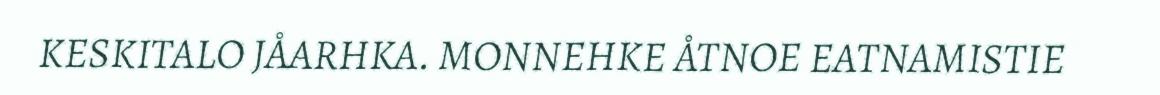
KESKITALO JÅARHKA. MONNEHKE ÅTNOE EATNAMISTIE